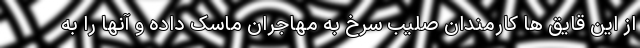
از این قایق ها کارمندان صلیب سرخ به مهاجران ماسک داده و آنها را به